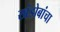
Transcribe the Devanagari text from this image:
खंडोबांचा